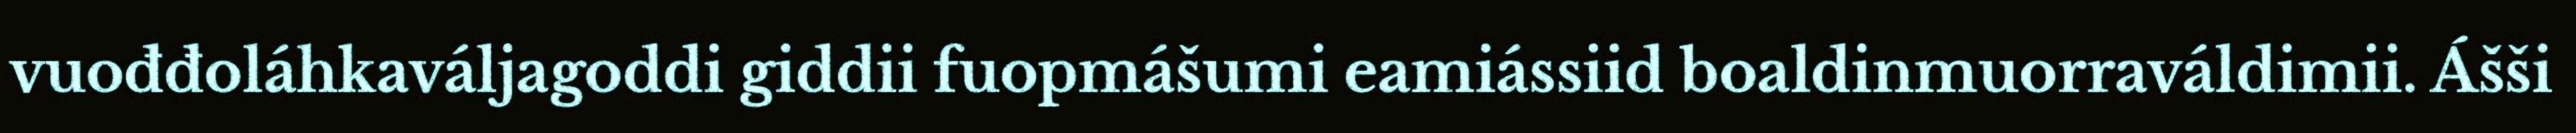
vuođđoláhkaváljagoddi giddii fuopmášumi eamiássiid boaldinmuorraváldimii. Ášši